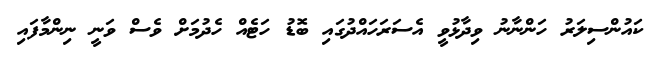
ކައުންސިލަރު ހަންނާނު ވިދާޅުވީ އެސަރަހައްދުގައި ބޮޑު ހަޓެއް ހެދުމަށް ވެސް ވަނީ ނިންމާފައި